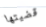
قضيتها